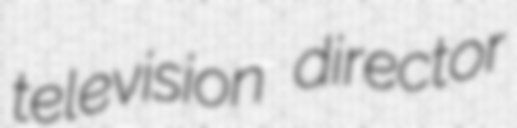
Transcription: television director